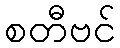
စတီဗင်